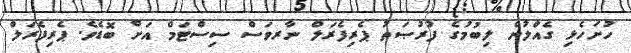
ހުށަހެޅި ގެއްލުން ލިބުމުގެ ފުރުޞަތު ޕެރިފެރަލް ނާރވަސް ސިސްޓަމް އަށް ބޮޑެވެ. ޕެރިފެރަލް